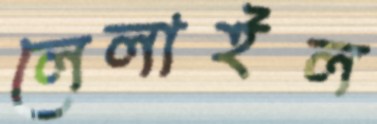
লেলাইল